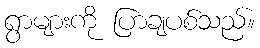
ရွာများကို ပြာချပစ်သည်။